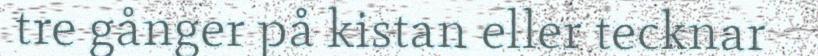
tre gånger på kistan eller tecknar